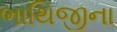
ભાથિજીના